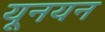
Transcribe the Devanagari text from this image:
यूनयन